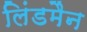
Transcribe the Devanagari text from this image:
लिंडमैन